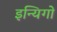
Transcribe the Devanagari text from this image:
इन्यिगो